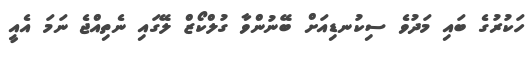
ހަކުރުގެ ބައި މަދުވެ ސިކުނޑިއަށް ބޭނުންވާ ގުލްކޯޒް ލޭގައި ނެތިއްޖެ ނަމަ އެއީ